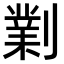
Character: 𠟪